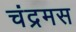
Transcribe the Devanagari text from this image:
चंद्रमस